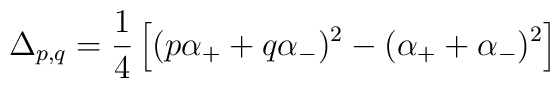
\Delta_{p,q} = { 1 \over 4 } \left [ ( p \alpha_+ + q \alpha_- )^2 -( \alpha_+ + \alpha_- )^2  \right ]